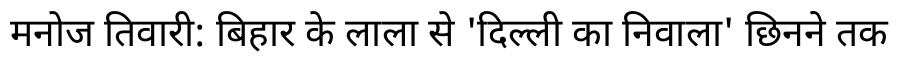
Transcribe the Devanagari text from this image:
मनोज तिवारी: बिहार के लाला से 'दिल्ली का निवाला' छिनने तक